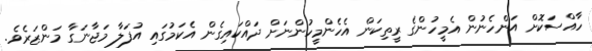
ހާއްސަކޮށް އަންހެނުން އެމީހުންގެ ރީތިކަން އެހެންމީހުންނަށް ދައްކައިގެން އެކަމުގައި އުފަލާ މަޖާނަގާ މަންޒަރެވެ.